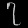
Digit: ၇